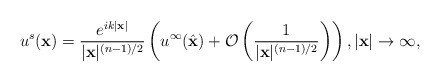
\begin{align*}u^s(\mathbf x)=\frac{e^{ik\vert \mathbf x\vert }}{\vert \mathbf x\vert^{(n-1)/2} }\left(u^\infty(\hat{\mathbf x})+\mathcal O\left(\frac{1}{\vert \mathbf x\vert^{(n-1)/2}}\right)\right), \vert \mathbf x\vert \to \infty,\end{align*}